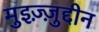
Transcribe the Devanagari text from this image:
मुइज़्ज़ुद्दीन